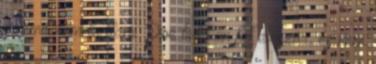
semmit nem tudtam. Poe bukkan fel először, és nem